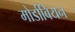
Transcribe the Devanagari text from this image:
मोर्डाबियन